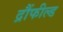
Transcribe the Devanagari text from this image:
द्रौंफील्ड